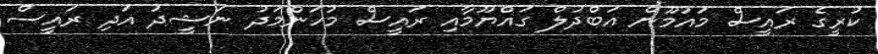
ކުރީގެ ރައީސް މައުމޫން އަބްދުލް ގައްޔޫމާއި ރައީސް މުހަންމަދު ނަޝީދު އަދި ރައީސް